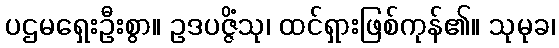
ပဌမရှေးဦးစွာ။ ဥဒပဇ္ဇိံသု၊ ထင်ရှားဖြစ်ကုန်၏။ သုမုခ၊